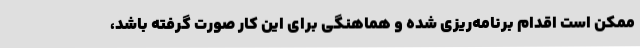
ممکن است اقدام برنامه‌ریزی شده و هماهنگی برای این کار صورت گرفته باشد،